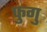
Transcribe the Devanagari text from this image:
फुगु